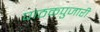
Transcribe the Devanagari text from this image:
पाठकपुजारी